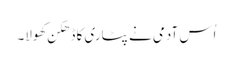
اُس آدمی نے پٹاری کا ڈھکن کھولا۔